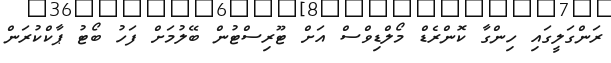
ރަންގަލީގައި ހިންގާ ކޮންރެޑް މޯލްޑިވްސް އަށް ޓޫރިސްޓުން ބޭލުމަށް ފަހު ބޯޓު ޕާކްކުރަން